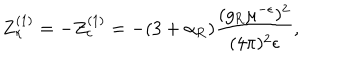
LaTeX: Z _ { \kappa } ^ { ( 1 ) } = - Z _ { c } ^ { ( 1 ) } = - ( 3 + \alpha _ { \mathrm { R } } ) \frac { ( g _ { \mathrm { R } } \mu ^ { - \epsilon } ) ^ { 2 } } { ( 4 \pi ) ^ { 2 } \epsilon } ,